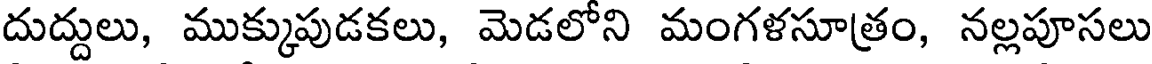
దుద్దులు, ముక్కుపుడకలు, మెడలోని మంగళసూత్రం, నల్లపూసలు